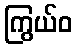
ကြွယ်ဝ